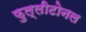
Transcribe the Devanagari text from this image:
फुल्लीटोनल